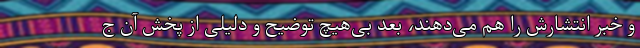
و خبر انتشارش را هم می‌دهند، بعد بی‌هیچ توضیح و دلیلی از پخش آن ج